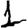
Digit: 1